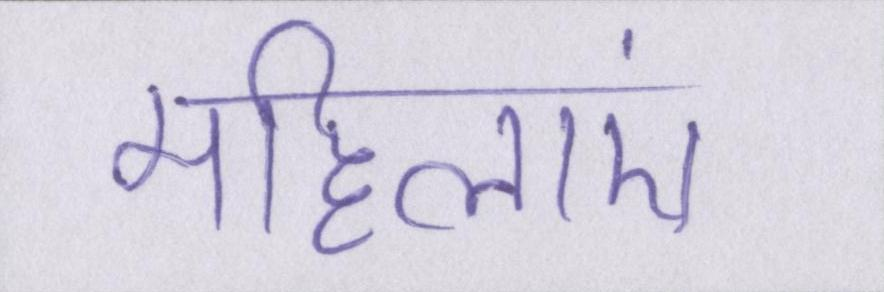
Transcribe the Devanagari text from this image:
महिलाएं